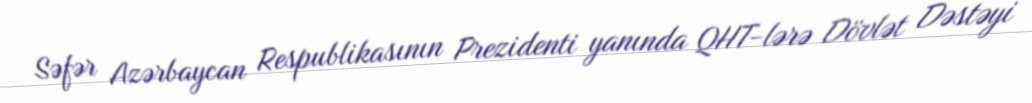
Səfər Azərbaycan Respublikasının Prezidenti yanında QHT-lərə Dövlət Dəstəyi